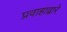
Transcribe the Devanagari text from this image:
प्रवाहाद्वारे